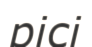
рісі